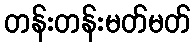
တန်းတန်းမတ်မတ်